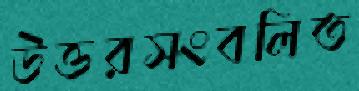
উত্তরসংবলিত